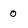
Character: 0